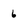
Character: 6